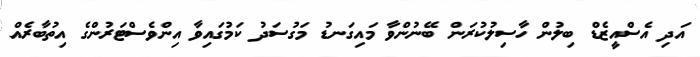
އަދި އެސްއީޒެޑް ބިލުން ހާސިލުކުރަން ބޭނުންވާ މައިގަނޑު މަގުސަދު ކަމުގައިވާ އިންވެސްޓަރުންގެ އިތުބާރެއް